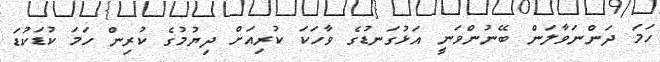
ހަމަ ދަންނަވާލަން ބޭނުންވަނީ އަޅުގަނޑުގެ ވާހަކަ ކުރިއަށް ދިޔުމުގެ ކުރިން ހަމަ ކުޑަކުޑަ